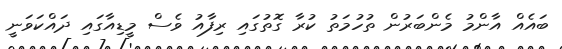
ބައެއް އާންމު މެންބަރުން ތުހުމަތު ކުރާ ގޮތުގައި ރިފާއު ވެސް މީޑިއާގައި ދައްކަވަނީ